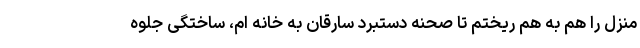
منزل را هم به هم ریختم تا صحنه دستبرد سارقان به خانه ام، ساختگی جلوه